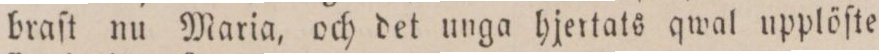
braſt nu Maria, och det unga hjertats qwal upplöſte